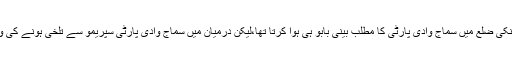
سماج وادی پارٹی چھوڑنے کے پہلے بارہ بنکی ضلع میں سماج وادی پارٹی کا مطلب بینی بابو ہی ہوا کرتا تھا،لیکن درمیان میں سماج وادی پارٹی سپریمو سے تلخی ہونے کی وجہ سے بینی کانگریس میں چلے گئے تھے۔